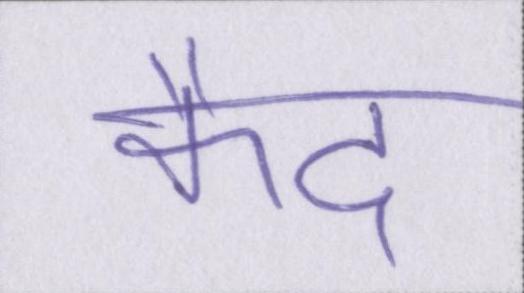
कैद